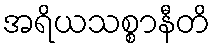
အရိယသစ္စာနီတိ